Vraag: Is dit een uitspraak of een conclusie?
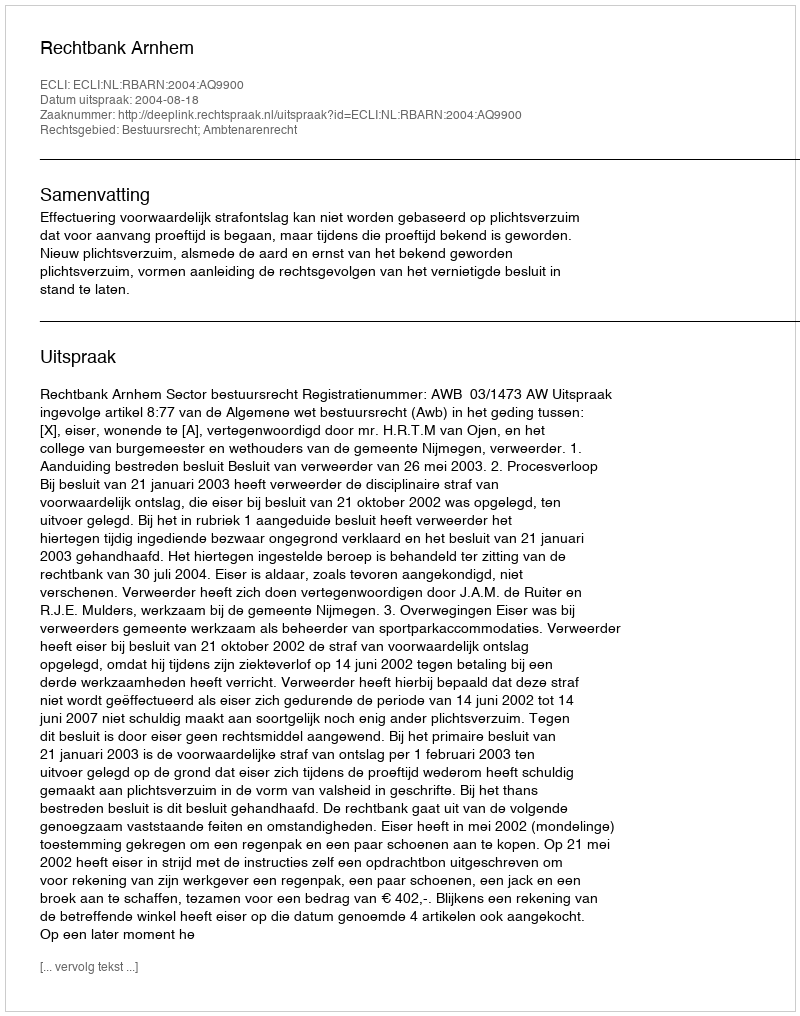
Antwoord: Uitspraak